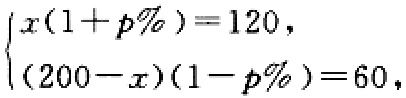
$\begin{cases}
x(1 + p\%) = 120,\\
(200 - x)(1 - p\%) = 60,
\end{cases}$